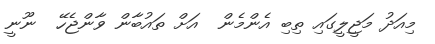
މިއަދު މަޖީލީގައި ތިބި އެންމެން  އަށް ތައުބާން ވާންޖެހޭ  ނޫނީ